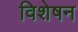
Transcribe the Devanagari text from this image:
विशेषन